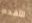
الأقدم